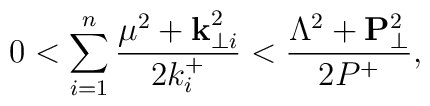
0 < \sum_{i=1}^{n}         \frac{\mu^2+{\bf k}_{\perp i}^2}{2k^+_i}       < \frac{\Lambda^2+{\bf P}_{\perp}^2}{2P^+} ,